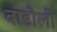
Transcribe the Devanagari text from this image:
बाडौली